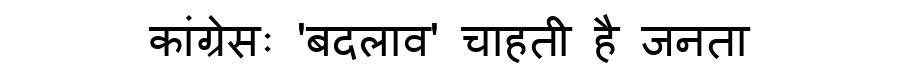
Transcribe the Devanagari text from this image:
कांग्रेसः 'बदलाव' चाहती है जनता